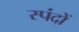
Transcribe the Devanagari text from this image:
स्‍पंदों